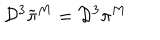
{ \cal D } ^ { 3 } \widetilde { \pi } ^ { M } = { \cal D } ^ { 3 } \pi ^ { M }